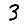
Digit: 3